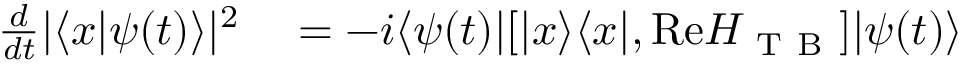
\begin{array} { r l } { \frac { d } { d t } | \langle x | \psi ( t ) \rangle | ^ { 2 } } & { { } = - i \langle \psi ( t ) | [ | x \rangle \langle x | , \mathrm { R e } H _ { \mathrm { ~ T ~ B ~ } } ] | \psi ( t ) \rangle } \end{array}